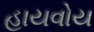
હાયવોય